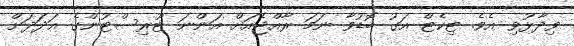
ވިދާޅުވި އެވެ. ޓިކެޓް އަގު ބޮޑުވާ ނަމަ ރާއްޖެއަށް އަންނަ ޓޫރިސްޓުންގެ އަދަދަށް